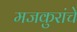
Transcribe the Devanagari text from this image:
मजकुरांचे